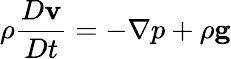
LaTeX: \rho{\frac{D\mathbf{v}}{Dt}}=-\nabla p+\rho\mathbf{g}